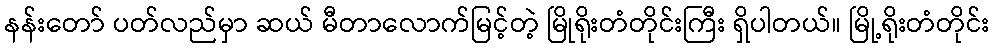
နန်းတော် ပတ်လည်မှာ ဆယ် မီတာလောက်မြင့်တဲ့ မြိုရိုးတံတိုင်းကြီး ရှိပါတယ်။ မြို့ရိုးတံတိုင်း